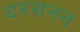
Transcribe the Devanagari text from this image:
दरसनन